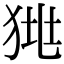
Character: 𤞯